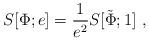
LaTeX: \begin{align*}S[\Phi;e]={1\over e^2} S[\tilde \Phi;1]\ ,\end{align*}